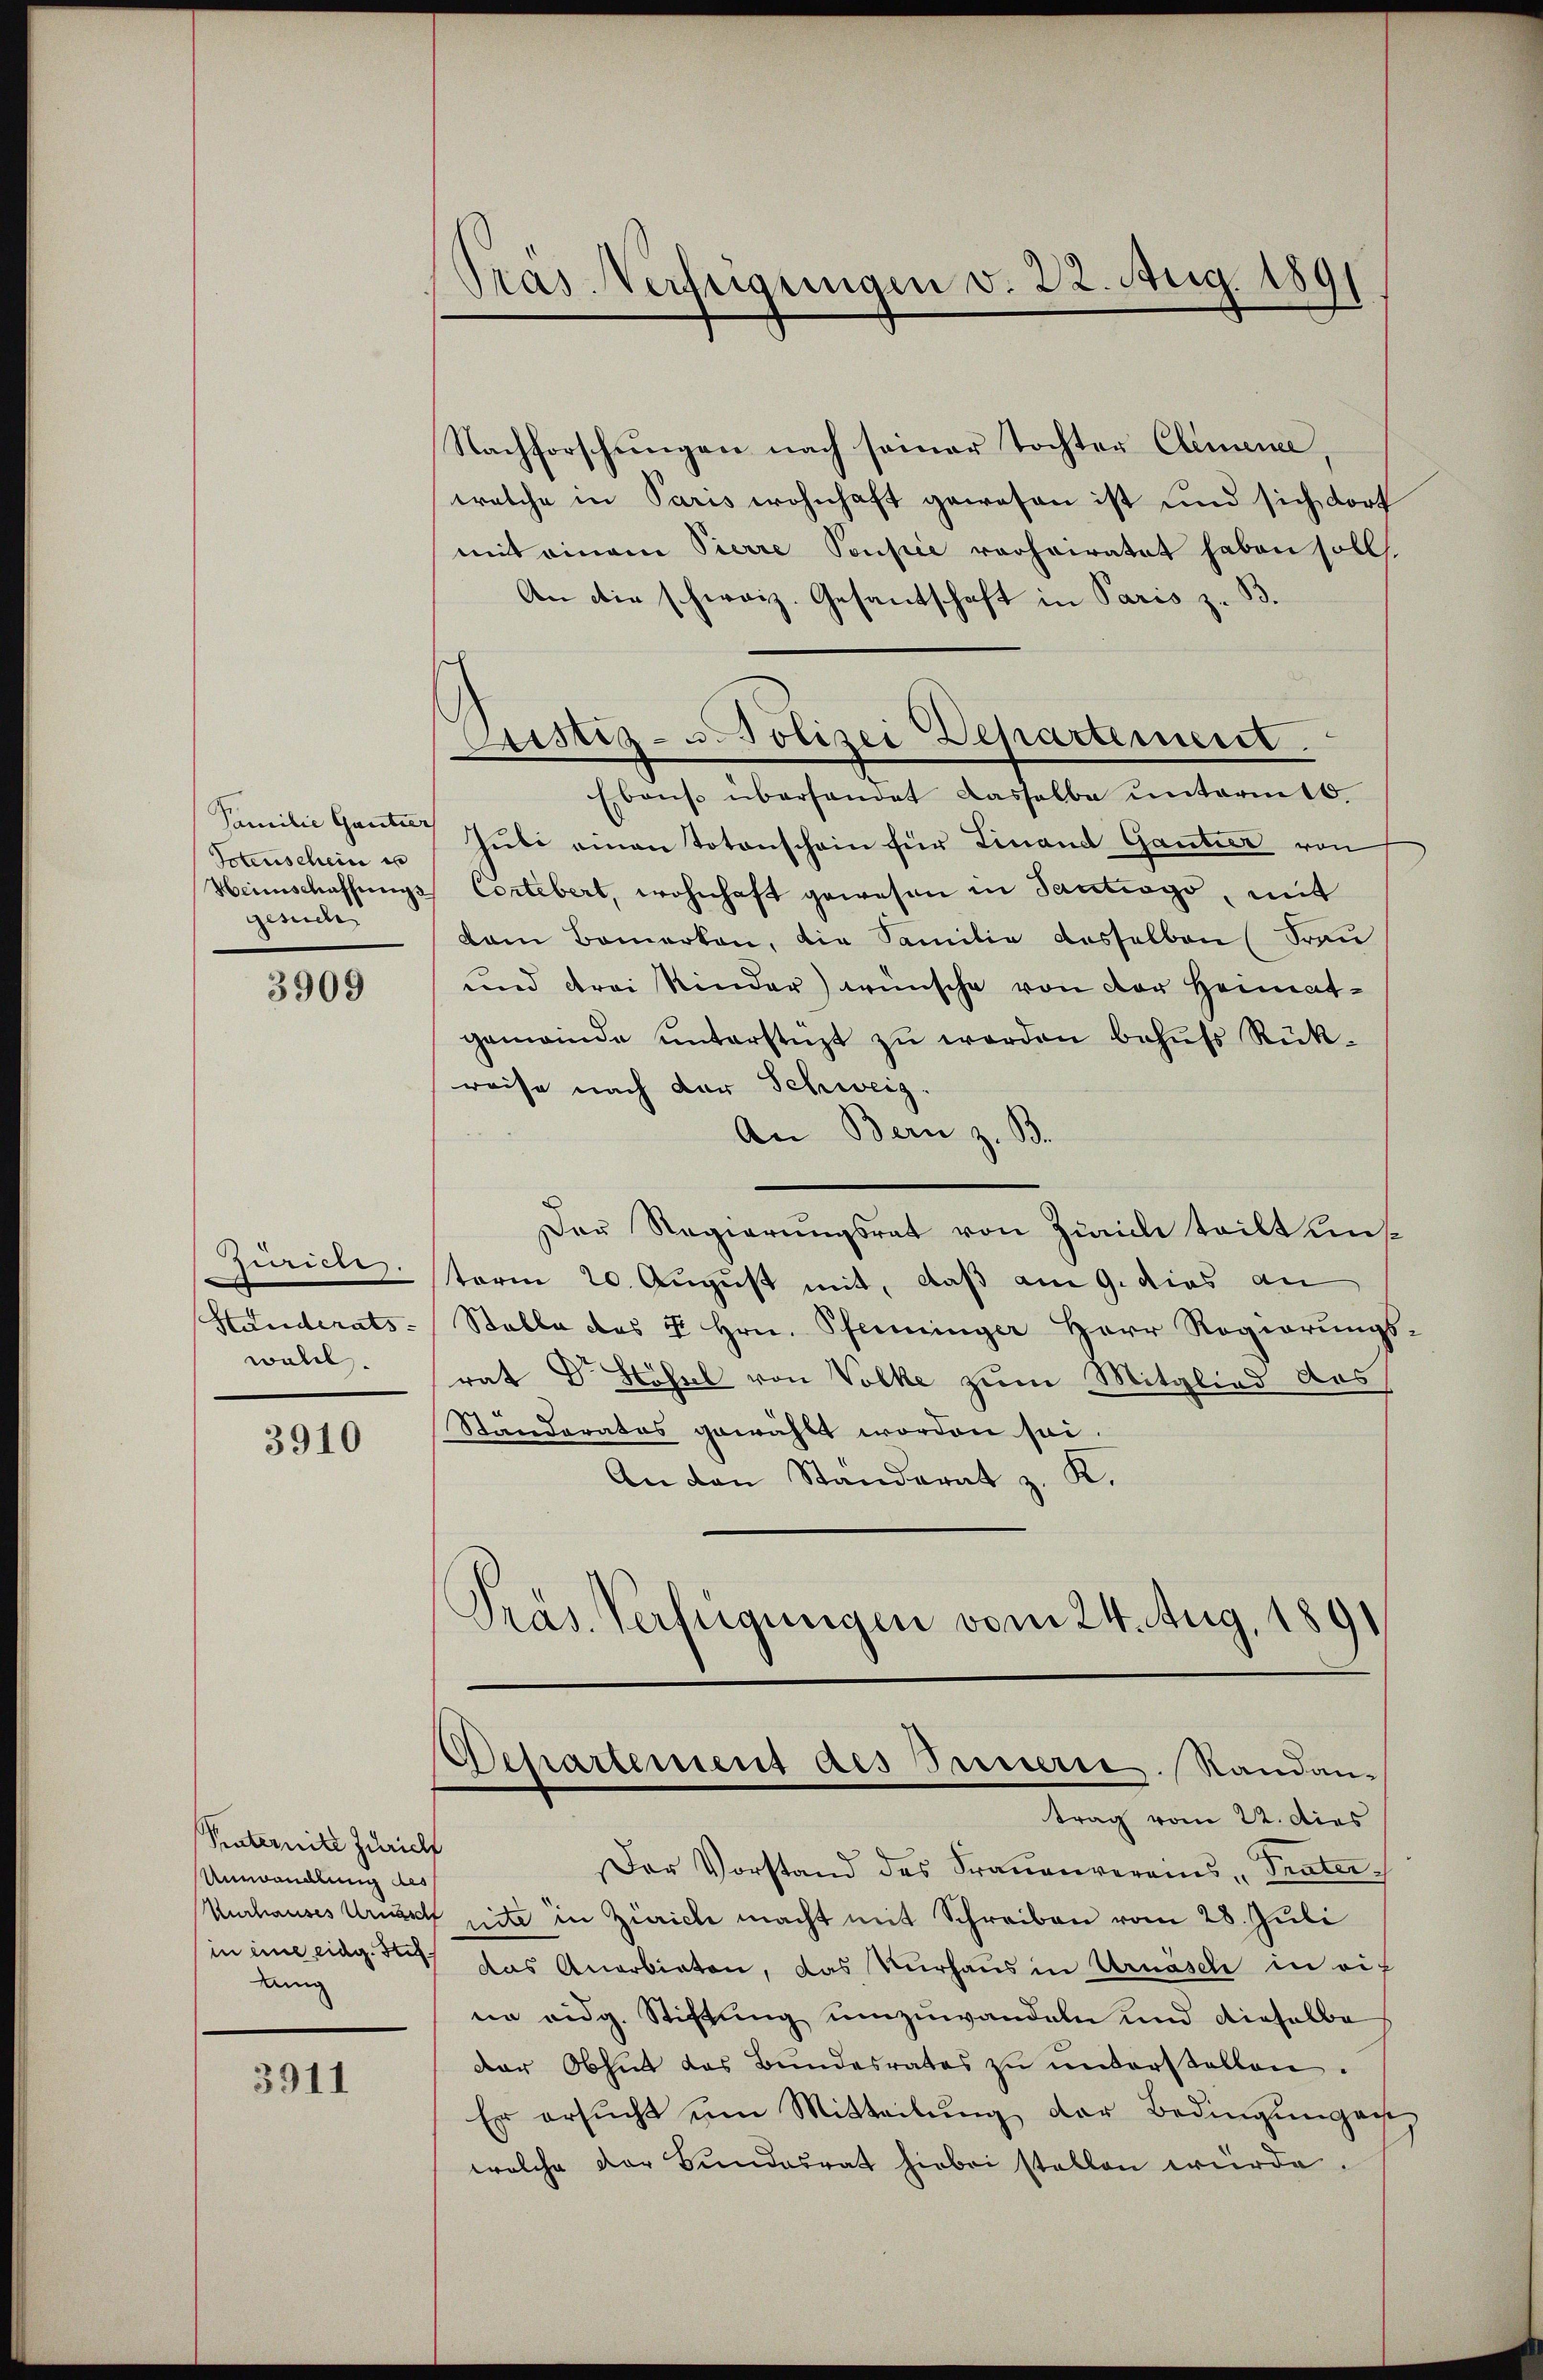
Familie Gantier
Totenschein e
gesuche

3909

Zürich.
Handerats-
walch.

3910

Paternité Zürich
Unwandlung des
in eine eidg. Stu
dan

3911

Pras Verfügungen v. 22. Aug. 1891

Nachforschungen nach seiner Tochter Clemence,
welche in Paris wohnhaft gewesen ist und sich dort
mit einem Pierre Pensie verheiratet haben soll.
An die schweiz. Gesandtschaft in Paris z. B.
Sistiz- u. Polizei Departement.
Ebens überhandet dasselbe ŭnterm 16.
Juli einen Totenschein für Finand Gantier von
Heimschaffungs Cortebert, wohnhaft gewesen in Sanctiogo, mit
dam Bemerken, die Familie desselben (Frau
und drei Kinder) wünsche von der Heimatgemeinde unterstüzt zu werden behufs Rükreise nach der Schweiz.
An Bern z. B.
Der Regierŭngsrat von Zürich teilt uns
term 20. August mit, daß am 9. dies an
Stable des u Hrn. Pfenninger Herr Regierungsrat Dr Hösel von Volke zum Mitglied des
Standerates gewählt worden sei.
An den Standerat z. K.
Präs. Verfügungen vom 24. Aug. 1891

Departement des Innerie. Randantrag vom 22. dies

Der Vorstand des Frauenvereins Teater
Kurhauses Urnasch mite in Zürich macht mit Schreiben vom 28. Juli
das Anerbieten, das Verhaus in Urnäsch in auf
ne eidg. Stiftung umzuwandeln und dieselbe
der Obhut das Bundesrates zŭ ŭnterstellen.
Er ersŭcht um Mitteilŭng der Bedingungen,
welche der Bundesrat hiebei stellen würde.